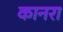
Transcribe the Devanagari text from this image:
कानरा